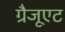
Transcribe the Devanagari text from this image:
ग्रैजूएट